Lunatic asylums United Provinces 1899-1908 - 1899-1908
Year: 1899
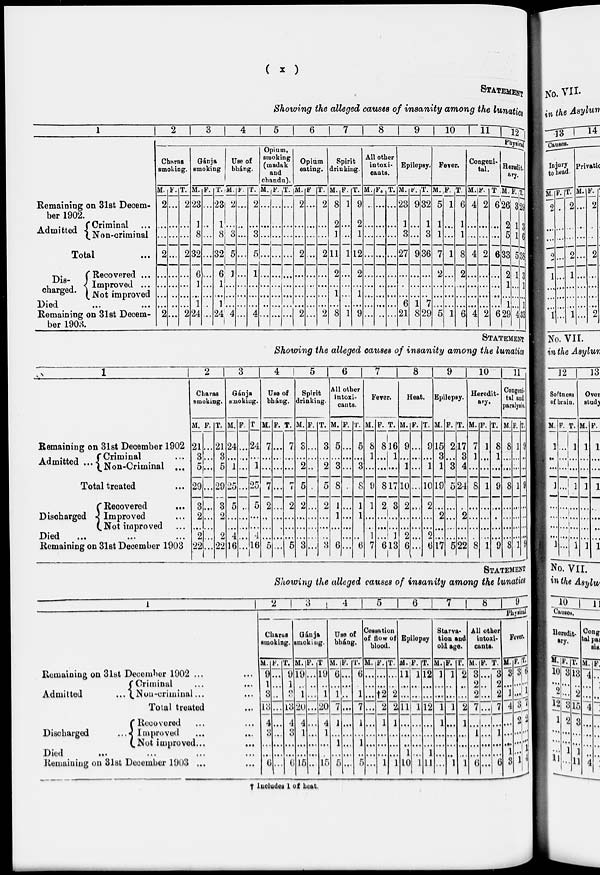
(
x
)
STATEMENT
Showing the alleged causes of insanity among the lunatics
1
Remaining on 31st Decem-
ber 1902.
Admitted
Criminal ...
Non-criminal
Total ...
Dis-
charged.
Recovered ...
Improved ...
Not improved
Died ... ...
Remaining on 31st Decem-
ber 1903.
2
3
4
5
6
7
8
9
10
1 1
12
Physical.
Charas
smoking.
M.
2
...
...
2
...
...
...
...
2
F.
...
...
...
...
...
...
...
...
...
T.
2
...
...
2
...
...
...
...
2
Gánja
smoking.
M.
23
1
8
32
6
1
...
1
24
F.
...
...
...
...
...
...
...
...
...
T.
23
1
8
32
6
1
...
1
24
Use of
bháng.
M.
2
...
3
5
1
...
...
...
4
F.
...
...
...
...
...
...
...
...
...
T.
2
...
3
5
1
...
...
...
4
Opium,
smoking
(madak
and
chandu).
M.
...
...
...
...
...
...
...
...
...
F.
...
...
...
...
...
...
...
...
...
T.
...
...
...
...
...
...
...
...
...
Opium
eating.
M.
2
...
...
2
...
...
...
...
2
F
...
...
...
...
...
...
...
...
...
T.
2
...
...
2
...
...
...
...
2
Spirit
drinking.
M.
8
2
1
11
2
...
1
...
8
F.
1
...
...
1
...
...
...
...
1
T.
9
2
1
12
2
...
1
...
9
All other
intoxi-
cants.
M.
...
...
...
...
...
...
...
...
...
F.
...
...
...
...
...
...
...
...
...
T.
...
...
...
...
...
...
...
...
...
Epilepsy.
M.
23
1
3
27
...
...
...
6
21
F.
9
...
...
9
...
...
...
1
8
T.
32
1
3
36
...
...
...
7
29
Fever.
M.
5
1
1
7
2
...
...
...
5
F.
1
...
...
1
...
...
...
...
1
T.
6
1
1
8
2
...
...
...
6
Congeni-
tal.
M.
4
...
...
4
...
...
...
...
4
F.
2
...
...
2
...
...
...
...
2
T
6
...
...
6
...
...
...
...
6
Heredit-
ary.
M.
26
2
5
33
2
1
...
1
29
F.
3
1
1
5
1
...
...
...
4
T
29
3
6
38
3
1
...
1
33
STATEMENT
Showing the alleged causes of insanity among the lunatics
1
Remaining on 31st December 1902
Admitted ...
Criminal ...
Non-Criminal ...
Total treated ...
Discharged
Recovered
...
Improved ...
Not improved ...
Died ... ... ...
Remaining on 31st December 1903
2
Charas
smoking.
M.
21
3
5
29
3
2
...
2
22
F.
...
...
...
...
...
...
...
...
...
T.
21
3
5
29
3
2
...
2
22
3
Gánja
smoking.
M.
24
...
1
25
5
...
...
4
16
F.
...
...
...
...
...
...
...
...
...
T
24
...
1
25
5
...
...
4
16
4
Use of
bháng.
M.
7
...
...
7
2
...
...
...
5
F.
...
...
...
...
...
...
...
...
...
T.
7
...
...
7
2
...
...
...
5
5
Spirit
drinking.
M.
3
...
2
5
2
...
...
...
3
F.
...
...
...
...
...
...
...
...
...
T.
3
...
2
5
2
...
...
...
3
6
All other
intoxi-
cants.
M.
5
...
3
8
1
1
...
...
6
F.
...
...
...
...
...
...
...
...
...
T.
5
...
3
8
1
1
...
...
6
7
Fever.
M.
8
1
...
9
1
...
...
1
7
F.
8
...
...
8
2
...
...
...
6
T.
16
1
...
17
3
...
...
1
13
8
Heat
M.
9
...
1
10
2
...
...
2
6
F.
...
...
...
...
...
...
...
...
...
T.
9
...
1
10
2
...
...
2
6
9
Epilepsy.
M.
15
3
1
19
...
2
...
...
17
F.
2
...
3
5
...
...
...
...
5
T.
17
3
4
24
...
2
...
...
22
10
Heredit-
ary.
M.
7
1
...
8
...
...
...
...
8
F.
1
...
...
1
...
...
...
...
1
T.
8
1
...
9
...
...
...
...
9
11
Congeni-
tal and
paralysis.
M.
8
...
...
8
...
...
...
...
8
F.
1
...
...
1
...
...
...
...
1
T.
9
...
...
9
...
...
...
...
9
STATEMENT
Showing the alleged causes of insanity among the lunatics
Remaining on 31st December 1902 ... ...
Admitted
...
Criminal ... ...
Non-criminal ... ...
Total treated ...
Discharged
...
Recovered ... ...
Improved ... ...
Not improved ... ...
Died ... ... ... ...
Remaining on 31st December 1903 ... ...
2
3
4
5
6
7
8
9
Physical
Charas
smoking.
M.
9
1
8
13
4
3
...
...
6
F.
...
...
...
...
...
...
...
...
...
T.
9
1
3
13
4
3
...
...
6
Gánja
smoking.
M.
19
...
1
20
4
1
...
...
15
F.
...
...
...
...
...
...
...
...
...
T.
19
...
1
20
4
1
...
...
15
Use of
bháng.
M.
6
...
1
7
1
...
1
...
5
F.
...
...
...
...
...
...
...
...
...
T.
6
...
1
7
1
...
1
...
5
Cessation
of flow of
blood.
M.
...
...
...
...
...
...
...
...
...
F.
...
...
†2
2
1
...
...
...
1
T.
...
...
2
2
1
...
...
...
1
Epilepsy
M.
11
...
...
11
...
...
...
1
10
F.
1
...
...
1
...
...
...
...
1
T.
12
...
...
12
...
...
...
1
11
Starva-
tion and
old age.
M.
1
...
...
1
1
...
...
...
...
F.
1
...
...
1
...
...
...
...
1
T.
2
...
...
2
1
...
...
...
1
All other
intoxi-
cants.
M.
3
2
2
7
...
1
...
...
6
F.
...
...
...
...
...
...
...
...
...
T.
3
2
2
7
...
1
...
...
6
Fever.
M.
3
...
1
4
...
...
...
1
3
F.
3
...
...
3
2
...
...
...
1
T.
6
...
1
7
2
...
...
1
4
† Includes 1 of heat.